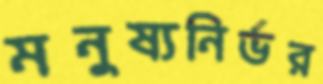
মনুষ্যনির্ভর